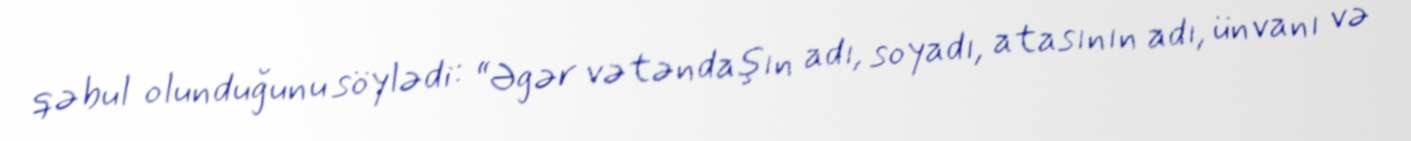
qəbul olunduğunu söylədi: “Əgər vətəndaşın adı, soyadı, atasının adı, ünvanı və